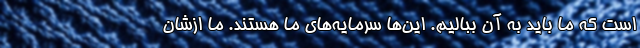
است که ما باید به آن ببالیم. این‌ها سرمایه‌های ما هستند. ما ازشان